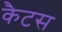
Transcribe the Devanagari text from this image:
कैटस